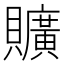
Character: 𧸼